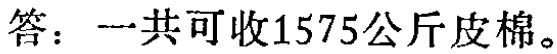
答：一共可收1575公斤皮棉。